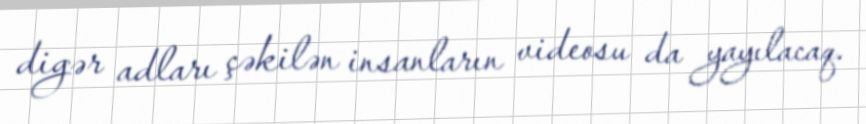
digər adları çəkilən insanların videosu da yayılacaq.